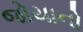
જોયાનો